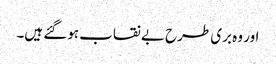
اور وہ بری طرح بے نقاب ہوگئے ہیں۔